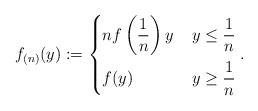
LaTeX: \begin{align*} f_{(n)} (y) := \left\{ \begin{aligned} & n f \left( \frac{1}{n} \right) y & & \; y \leq \frac{1}{n} \\ & f (y) & & \; y \geq \frac{1}{n} \end{aligned} \right. .\end{align*}